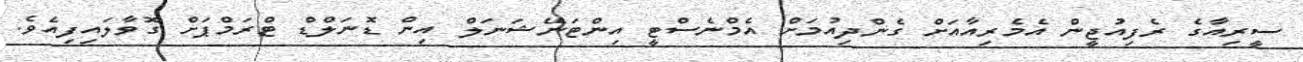
ސީރިއާގެ ރެފިއުޖީން އެމެރިއާއަށް ގެންދިއުމަށް އެމްނެސްޓީ އިންޓަނޭޝަނަލް އިން ޑޮނަލްޑް ޓްރަމްޕަށް ގޮވާލައިފިއެވެ.